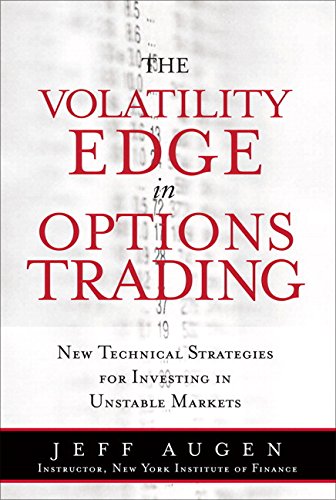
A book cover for The Volatility Edge in Options Trading: New Technical Strategies for Investing in Unstable Markets (paperback); Jeff Augen; Business & Money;